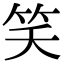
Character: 笑